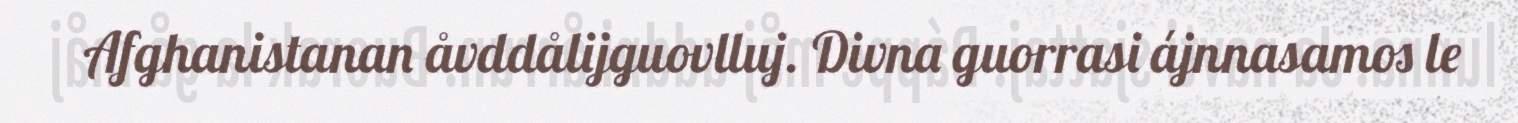
Afghanistanan åvddålijguovlluj. Divna guorrasi ájnnasamos le